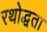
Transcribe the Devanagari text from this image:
रथोद्धता